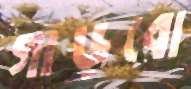
গাড়বো